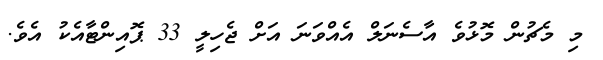
މި މެޗުން މޮޅުވެ އާސެނަލް އެއްވަނަ އަށް ޖެހިލީ 33 ޕޮއިންޓާއެކު އެވެ.